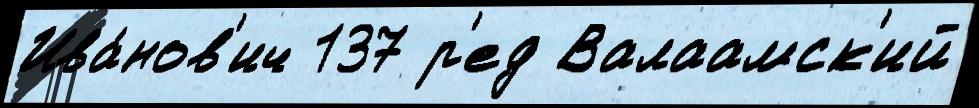
Ива́нов'ич 137 р'ед Валаамск'ий